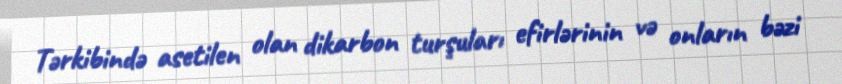
Tərkibində asetilen olan dikarbon turşuları efirlərinin və onların bəzi